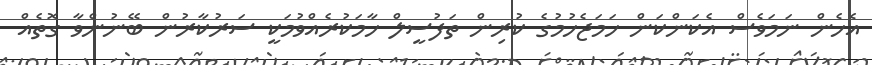
އެހެން ނަމަވެސް އެކަންކަން ހަމަޖެހުމުގެ ކުރިން ތަފުސީލް ހާމަކުރެއްވުމަކީ ސަރުކާރުން ބޭނުންވާ ގޮތެއް